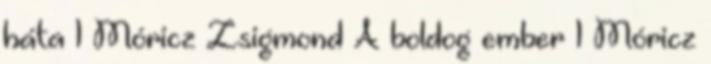
háta 1 Móricz Zsigmond A boldog ember 1 Móricz